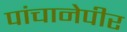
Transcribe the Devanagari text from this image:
पांचानेपीर